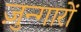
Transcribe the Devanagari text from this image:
ज़ुन्गारों